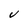
Character: V